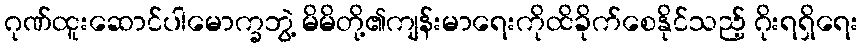
ဂုဏ်ထူးဆောင်ပါမောက္ခဘွဲ့ မိမိတို့၏ကျန်းမာရေးကိုထိခိုက်စေနိုင်သည့် ဂိုးရရှိရေး